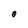
Character: O